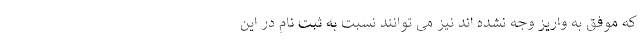
که موفق به واریز وجه نشده اند‌ نیز می توانند نسبت به ثبت نام در این